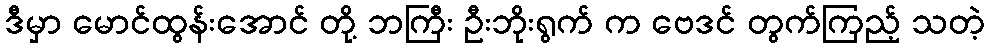
ဒီမှာ မောင်ထွန်းအောင် တို့ ဘကြီး ဦးဘိုးရွက် က ဗေဒင် တွက်ကြည့် သတဲ့